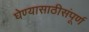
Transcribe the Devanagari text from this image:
घेण्यासाठीसंपूर्ण